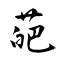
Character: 葩